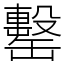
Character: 罊